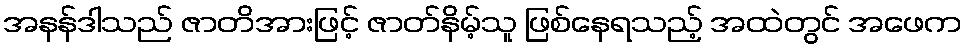
အနန်ဒါသည် ဇာတိအားဖြင့် ဇာတ်နိမ့်သူ ဖြစ်နေရသည့် အထဲတွင် အဖေက